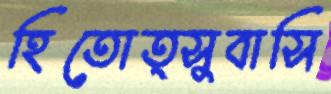
হিতোত্সুবাসি